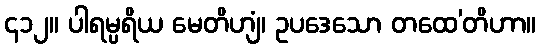
၄၁၂။ ပါရမ္ပရိယ မေတိဟျံ၊ ဥပဒေသော တထေ’တိဟာ။